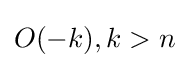
O(-k),k>n